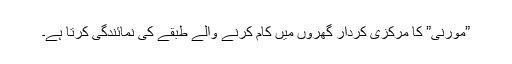
”مورنی” کا مرکزی کردار گھروں میں کام کرنے والے طبقے کی نمائندگی کرتا ہے۔